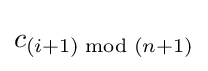
{\textstyle c_{(i+1){\bmod {(}}n+1)}}